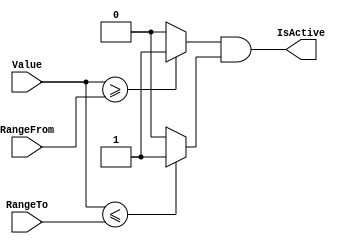
`timescale 1ns/1ps
`default_nettype none
// PLEASE READ THIS, IT MAY SAVE YOU SOME TIME AND MONEY, THANK YOU!
// * This file was generated by Quokka FPGA Toolkit.
// * Generated code is your property, do whatever you want with it
// * Place custom code between [BEGIN USER ***] and [END USER ***].
// * CAUTION: All code outside of [USER] scope is subject to regeneration.
// * Bad things happen sometimes in developer's life,
//   it is recommended to use source control management software (e.g. git, bzr etc) to keep your custom code safe'n'sound.
// * Internal structure of code is subject to change.
//   You can use some of signals in custom code, but most likely they will not exist in future (e.g. will get shorter or gone completely)
// * Please send your feedback, comments, improvement ideas etc. to evmuryshkin@gmail.com
// * Visit https://github.com/EvgenyMuryshkin/QuokkaEvaluation to access latest version of playground
//
// DISCLAIMER:
//   Code comes AS-IS, it is your responsibility to make sure it is working as expected
//   no responsibility will be taken for any loss or damage caused by use of Quokka toolkit.
//
// System configuration name is AXIRangeDetectorModuleB4_TopLevel, clock frequency is 1Hz, Top-level
// FSM summary
// -- Packages
module AXIRangeDetectorModuleB4_TopLevel
(
	// [BEGIN USER PORTS]
	// [END USER PORTS]
	input wire [31:0] RangeFrom,
	input wire [31:0] RangeTo,
	input wire [31:0] Value,
	output wire IsActive
);
	// [BEGIN USER SIGNALS]
	// [END USER SIGNALS]
	localparam HiSignal = 1'b1;
	localparam LoSignal = 1'b0;
	wire Zero = 1'b0;
	wire One = 1'b1;
	wire true = 1'b1;
	wire false = 1'b0;
	wire [31: 0] Inputs_RangeFrom;
	wire [31: 0] Inputs_RangeTo;
	wire [31: 0] Inputs_Value;
	wire AXIRangeDetectorModule_L27F33T99_Expr;
	wire AXIRangeDetectorModule_L27F33T99_Expr_1;
	wire AXIRangeDetectorModule_L27F33T99_Expr_2;
	wire AXIRangeDetectorModule_L27F33T65_Expr;
	wire signed [32: 0] AXIRangeDetectorModule_L27F33T65_ExprLhs;
	wire signed [32: 0] AXIRangeDetectorModule_L27F33T65_ExprRhs;
	wire AXIRangeDetectorModule_L27F69T99_Expr;
	wire signed [32: 0] AXIRangeDetectorModule_L27F69T99_ExprLhs;
	wire signed [32: 0] AXIRangeDetectorModule_L27F69T99_ExprRhs;
	assign AXIRangeDetectorModule_L27F33T65_Expr = AXIRangeDetectorModule_L27F33T65_ExprLhs >= AXIRangeDetectorModule_L27F33T65_ExprRhs ? 1'b1 : 1'b0;
	assign AXIRangeDetectorModule_L27F69T99_Expr = AXIRangeDetectorModule_L27F69T99_ExprLhs <= AXIRangeDetectorModule_L27F69T99_ExprRhs ? 1'b1 : 1'b0;
	assign AXIRangeDetectorModule_L27F33T99_Expr = AXIRangeDetectorModule_L27F33T99_Expr_1 & AXIRangeDetectorModule_L27F33T99_Expr_2;
	assign AXIRangeDetectorModule_L27F33T65_ExprLhs = {
		1'b0,
		Inputs_Value
	}
	;
	assign AXIRangeDetectorModule_L27F33T65_ExprRhs = {
		1'b0,
		Inputs_RangeFrom
	}
	;
	assign AXIRangeDetectorModule_L27F69T99_ExprLhs = {
		1'b0,
		Inputs_Value
	}
	;
	assign AXIRangeDetectorModule_L27F69T99_ExprRhs = {
		1'b0,
		Inputs_RangeTo
	}
	;
	assign AXIRangeDetectorModule_L27F33T99_Expr_1 = AXIRangeDetectorModule_L27F33T65_Expr;
	assign AXIRangeDetectorModule_L27F33T99_Expr_2 = AXIRangeDetectorModule_L27F69T99_Expr;
	assign Inputs_RangeFrom = RangeFrom;
	assign Inputs_RangeTo = RangeTo;
	assign Inputs_Value = Value;
	assign IsActive = AXIRangeDetectorModule_L27F33T99_Expr;
	// [BEGIN USER ARCHITECTURE]
	// [END USER ARCHITECTURE]
endmodule